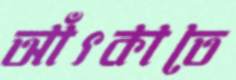
আঁৎকাতে